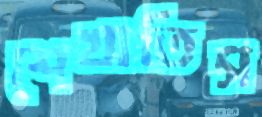
শেখাতিস